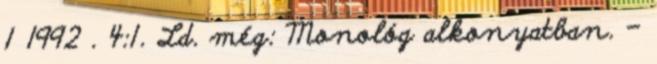
1 1992 . 4:1. Ld. még: Monológ alkonyatban. –